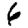
Digit: 6